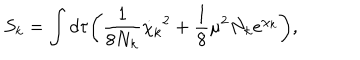
S _ { k } = \int d \tau \biggl ( { \frac { 1 } { 8 N _ { k } } } { \dot { \chi } _ { k } } ^ { 2 } + { \frac { 1 } { 8 } } \mu ^ { 2 } N _ { k } e ^ { \chi _ { k } } \biggr ) ,